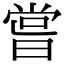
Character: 𠹉